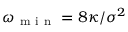
\omega _ { \mathrm { ~ m ~ i ~ n ~ } } = 8 \kappa / \sigma ^ { 2 }